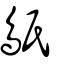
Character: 䲬